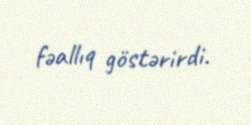
fəallıq göstərirdi.